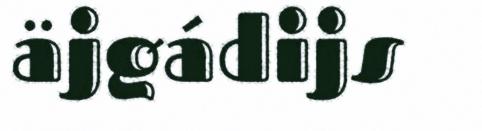
äjgádijs